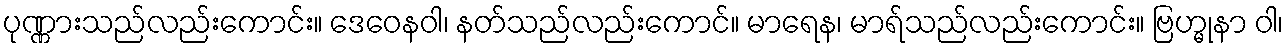
ပုဏ္ဏားသည်လည်းကောင်း။ ဒေဝေနဝါ၊ နတ်သည်လည်းကောင်။ မာရေန၊ မာရ်သည်လည်းကောင်း။ ဗြဟ္မုနာ ဝါ၊